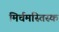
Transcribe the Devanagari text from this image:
मिर्चमस्तिस्क